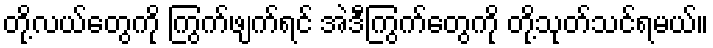
တို့လယ်တွေကို ကြွက်ဖျက်ရင် အဲဒီကြွက်တွေကို တို့သုတ်သင်ရမယ်။